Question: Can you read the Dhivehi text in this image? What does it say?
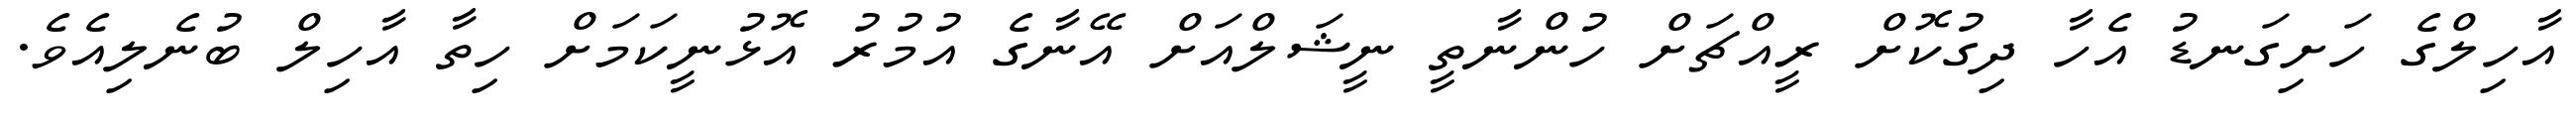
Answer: އާހިލްގެ ހަށިގަނޑު އެހާ ދިގުކޮށް ރީއްޗަށް ހުންނާތީ ނީޝަލްއަށް އޭނާގެ އުމުރު އޮޅުނީކަމަށް ހިތާ އާހިލް ބުނެލިއެވެ.